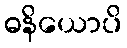
ဓနိယောပိ